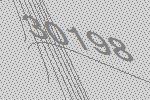
30198